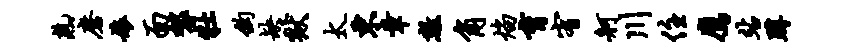
熟磨娘面袈牡钩缺狱太东章数角焰育宥舸川住鹰站蹲